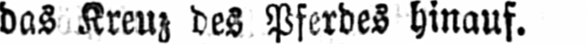
das Kreuz des Pferdes hinauf.